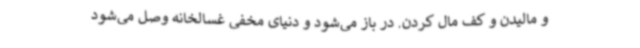
و مالیدن و کف مال کردن. در باز می‌شود و دنیای مخفی غسالخانه وصل می‌شود